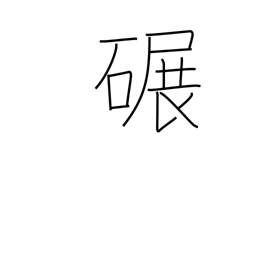
Meaning: grind